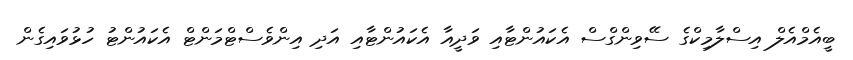
ބީއެމްއެލް އިސްލާމިކްގެ ސޭވިންގްސް އެކައުންޓާއި ވަދީއާ އެކައުންޓާއި އަދި އިންވެސްޓްމަންޓް އެކައުންޓު ހުޅުވައިގެން